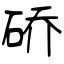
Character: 硚